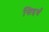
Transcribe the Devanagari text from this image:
सिद्दर्थ